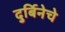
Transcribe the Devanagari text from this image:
दुर्बिनेचे